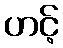
ဟင့်